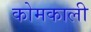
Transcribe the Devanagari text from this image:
कोमकाली